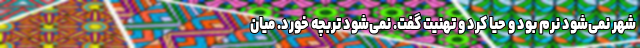
شهر نمی‌شود نرم بود و حیا کرد و تهنیت گفت. نمی‌شود تربچه خورد. میان